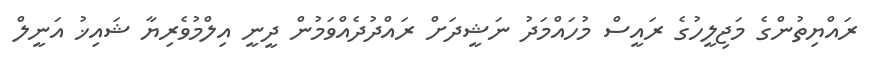
ރައްޔިތުންގެ މަޖިލީހުގެ ރައީސް މުހައްމަދު ނަޝީދަށް ރައްދުދެއްވަމުން ދީނީ އިލްމުވެރިޔާ ޝައިޚު އަނީލް